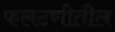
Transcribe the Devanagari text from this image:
फलटणीतील